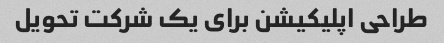
طراحی اپلیکیشن برای یک شرکت تحویل